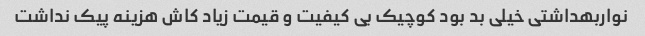
نواربهداشتی خیلی بد بود کوچیک بی کیفیت و قیمت زیاد کاش هزینه پیک نداشت